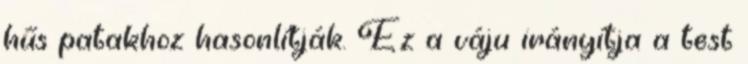
hűs patakhoz hasonlítják. Ez a váju irányítja a test